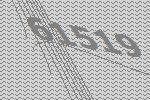
61519